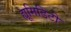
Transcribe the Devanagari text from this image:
ह्यूमिडिटी